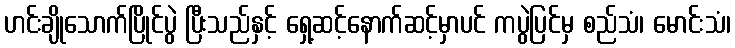
ဟင်းချိုသောက်ပြိုင်ပွဲ ပြီးသည်နှင့် ရှေ့ဆင့်နောက်ဆင့်မှာပင် ကပွဲပြင်မှ စည်သံ၊ မောင်းသံ၊